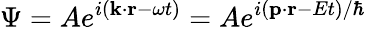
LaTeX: \Psi=Ae^{i(\mathbf{k}\cdot\mathbf{r}-\omega t)}=Ae^{i(\mathbf{p}\cdot\mathbf{r}-Et)/\hbar}